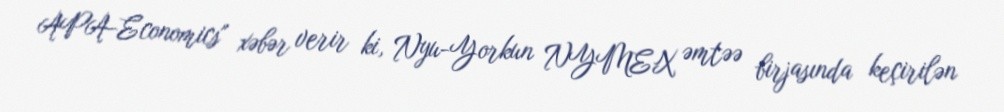
APA-Economics" xəbər verir ki, Nyu-Yorkun NYMEX əmtəə birjasında keçirilən